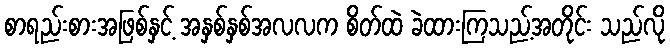
စာရည်းစားအဖြစ်နှင့် အနှစ်နှစ်အလလက စိတ်ထဲ ခဲထားကြသည့်အတိုင်း သည်လို